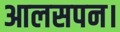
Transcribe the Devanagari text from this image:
आलसपन।